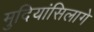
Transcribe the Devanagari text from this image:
मुदियांसिलागे